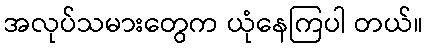
အလုပ်သမားတွေက ယုံနေကြပါ တယ်။